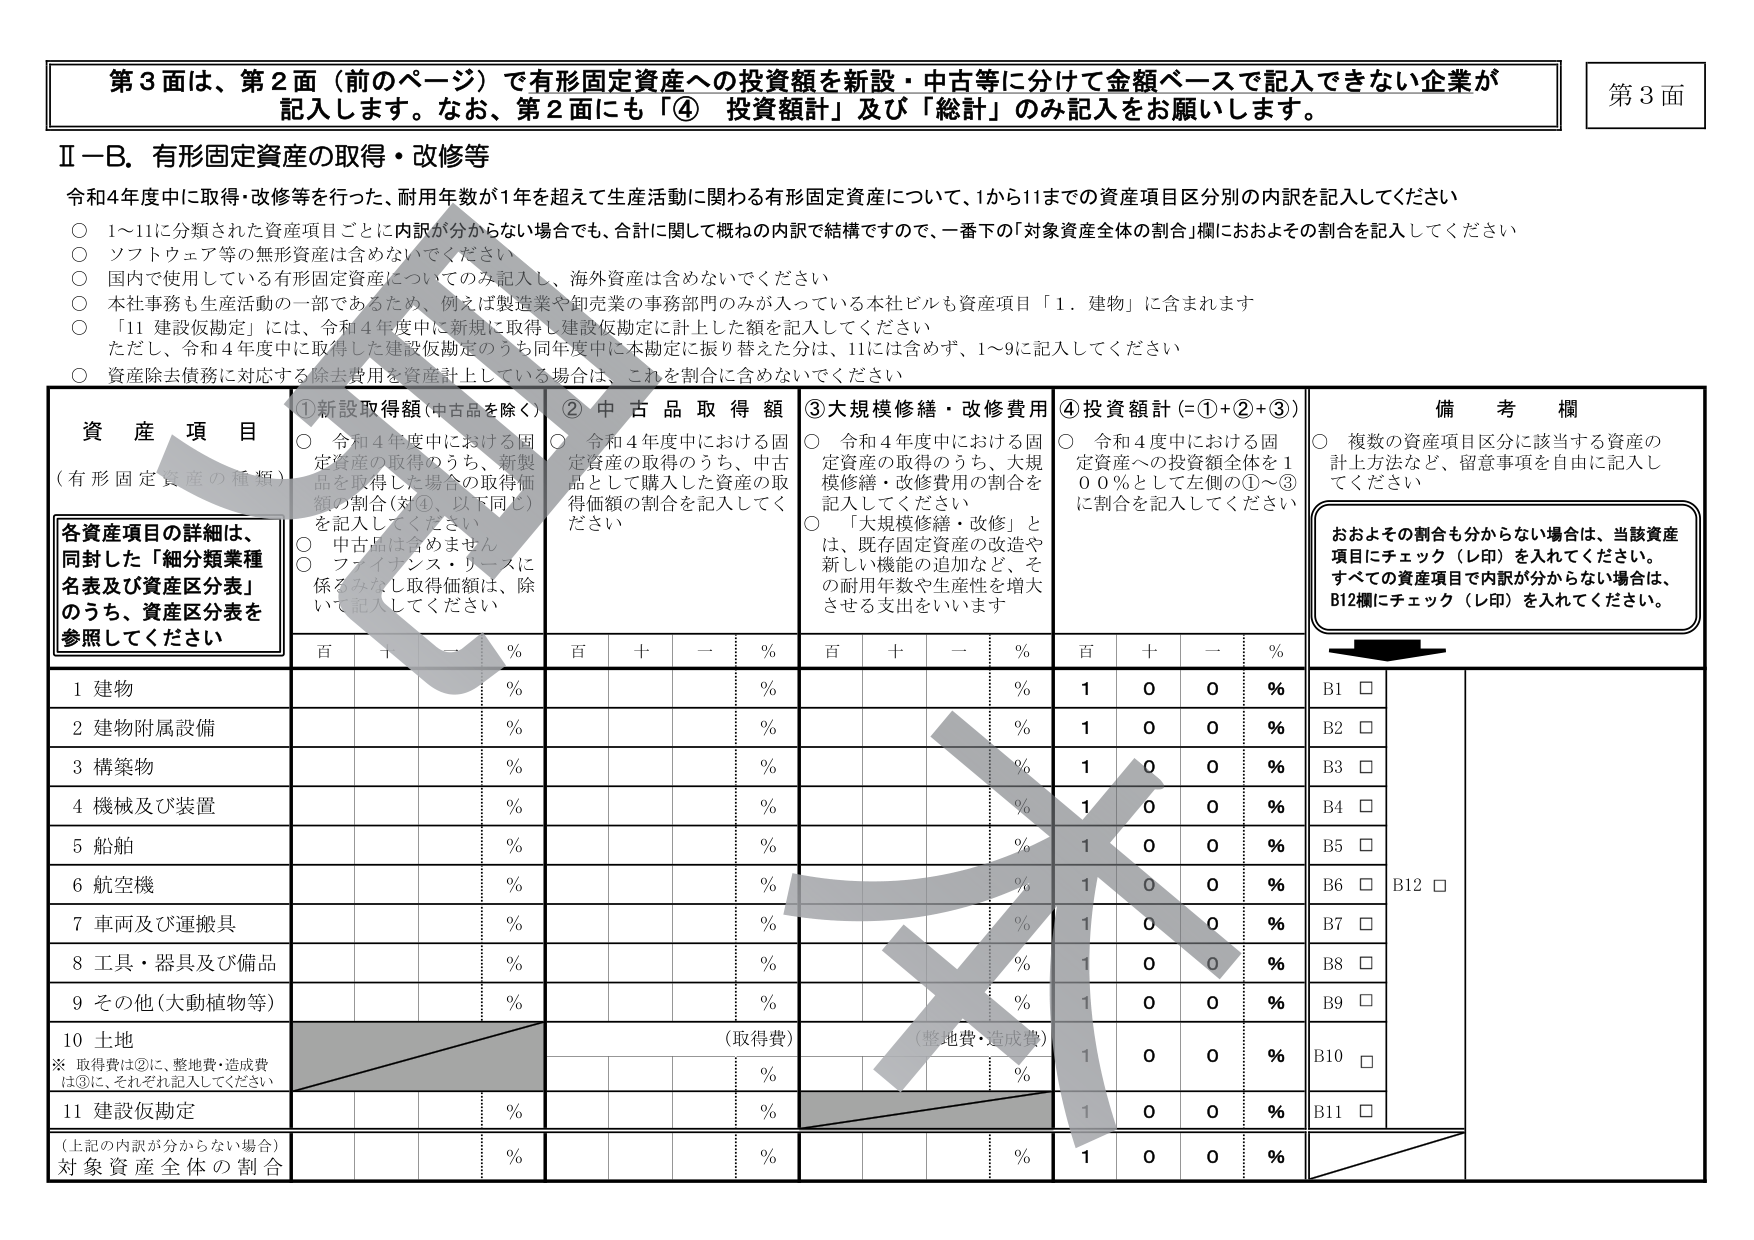
第3面は、第2面（前のページ）で有形固定資産への投資額を新設・中古等に分けて金額ベースで記入できない企業が記入します。なお、第2面にも「④ 投資額計」及び「総計」のみ記入をお願いします。

第3面

Ⅱ－B．有形固定資産の取得・改修等

令和4年度中に取得・改修等を行った、耐用年数が1年を超えて生産活動に関わる有形固定資産について、1から11までの資産項目区分別の内訳を記入してください

○ 1～11に分類された資産項目ごとに内訳が分からない場合でも、合計に関して概ねの内訳で結構ですので、一番下の「対象資産全体の割合」欄におおよその割合を記入してください

○ ソフトウェア等の無形固定資産は含めてください

○ 国内で使用している有形固定資産についてのみ記入し、海外資産は含めないでください

○ 本社事務も生産活動の一部であるため、例えば製造業や卸売業の事務部門のみが入っている本社ビルも資産項目「1．建物」に含まれます

○ 「11 建設仮勘定」には、令和4年度中に新規に取得し建設仮勘定に計上した額を記入してください
ただし、令和4年度中に取得した建設仮勘定のうち同年度中に本勘定に振り替えた分は、11には含めず、1～9に記入してください

○ 資産除去債務に対応する除去費用を資産計上している場合は、これを割合に含めないでください

資産項目
（有形固定資産の種類）

①新設取得額（中古品を除く）
○ 令和4年度中における固定資産の取得のうち、新製品を取得した場合の取得価額の割合（対④、以下同じ）を記入してください
○ 中古品は含めません
○ ファイナンス・リースに係るみなし取得価額は、除いて記入してください

②中古品取得額
○ 令和4年度中における固定資産の取得のうち、中古品として購入した資産の取得価額の割合を記入してください

③大規模修繕・改修費用
○ 令和4年度中における固定資産の取得のうち、大規模修繕・改修費用の割合を記入してください
○ 「大規模修繕・改修」とは、既存固定資産の改造や新しい機能の追加など、その耐用年数や生産性を増大させる支出をいいます

④投資額計（=①+②+③）
○ 令和4年度中における固定資産への投資額全体を100％として左側の①～③に割合を記入してください

備考欄
○ 複数の資産項目区分に該当する資産の計上方法など、留意事項を自由に記入してください

おおよその割合も分からない場合は、当該資産項目にチェック（レ印）を入れてください。
すべての資産項目で内訳が分からない場合は、B12欄にチェック（レ印）を入れてください。

各資産項目の詳細は、
同封した「細分類業種名表及び資産区分表」
のうち、資産区分表を
参照してください

百 十 一 %
百 十 一 %
百 十 一 %
百 十 一 %

1 建物
%
%
%
1 0 0 %
B1 □

2 建物附属設備
%
%
%
1 0 0 %
B2 □

3 構築物
%
%
%
1 0 0 %
B3 □

4 機械及び装置
%
%
%
1 0 0 %
B4 □

5 船舶
%
%
%
1 0 0 %
B5 □

6 航空機
%
%
%
1 0 0 %
B6 □
B12 □

7 車両及び運搬具
%
%
%
1 0 0 %
B7 □

8 工具・器具及び備品
%
%
%
1 0 0 %
B8 □

9 その他（大動植物等）
%
%
%
1 0 0 %
B9 □

10 土地
（取得費）
（整地費・造成費）
1 0 0 %
B10 □
※ 取得費は②に、整地費・造成費は③に、それぞれ記入してください

11 建設仮勘定
%
%
%
1 0 0 %
B11 □

（上記の内訳が分からない場合）
対象資産全体の割合
%
%
%
%